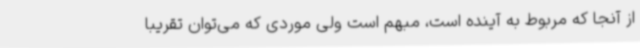
از آنجا که مربوط به آینده است، مبهم است ولی موردی که می‌توان تقریبا